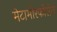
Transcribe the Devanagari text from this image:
मेटामोरफोसेज